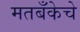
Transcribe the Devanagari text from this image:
मतबँकेचे